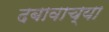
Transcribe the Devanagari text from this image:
दबावाच्या